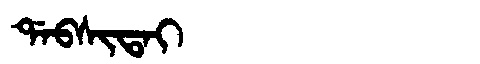
Manchu: ᡩᠠᠪᠰᡳᡨᠠᡳ
Romanization: DABSITAI